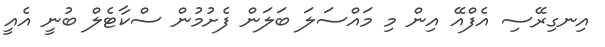
އިނގިރޭސި އެފްއޭ އިން މި މައްސަލަ ބަލަން ފެށުމުން ސްކާޓެލް ބުނީ އެއީ